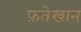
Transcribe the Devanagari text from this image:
फ़तेखान